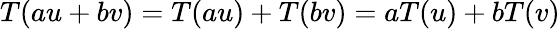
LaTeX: T(au+bv)=T(au)+T(bv)=aT(u)+bT(v)